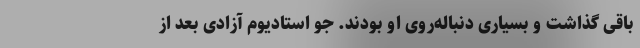
باقی گذاشت و بسیاری دنباله‌روی او بودند. جو استادیوم آزادی بعد از